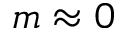
m \approx 0